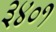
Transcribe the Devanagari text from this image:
३४०१